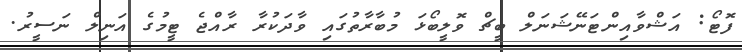
ފޮޓޯ: އަޝްވާއިންޓަނޭޝަނަލް ބީޗް ވޮލީބޯޅަ މުބާރާތުގައި ވާދަކުރާ ރާއްޖެ ޓީމުގެ އަނިލް ނަސީރު.